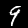
Digit: 9